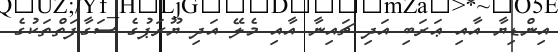
އިންޑިޔާ އާއި ޢަރަބި އަދި ޗައިނާ އާއި މެލޭ އަދި ޔޫރަޕުގެ ސަގާފަތްތަކުގެ